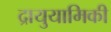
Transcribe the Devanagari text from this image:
द्रायुयामिकी